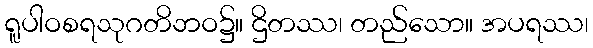
ရူပါဝစရသုဂတိဘဝ၌။ ဌိတဿ၊ တည်သော။ အပရဿ၊